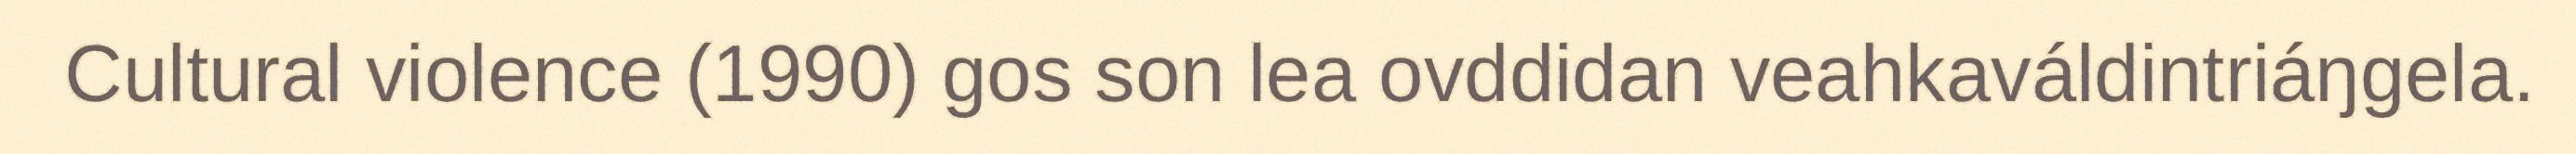
Cultural violence (1990) gos son lea ovddidan veahkaváldintriáŋgela.